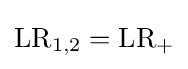
\mathrm {LR} _{1,2}=\mathrm {LR} _{+}